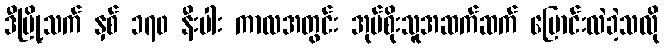
ဒီမြို့သက် နှစ် ၁၇၀ နီးပါး ကာလအတွင်း အုပ်စိုးသူအဆက်ဆက် ပြောင်းလဲခဲ့သလို